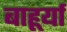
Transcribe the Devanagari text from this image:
बाहूर्या